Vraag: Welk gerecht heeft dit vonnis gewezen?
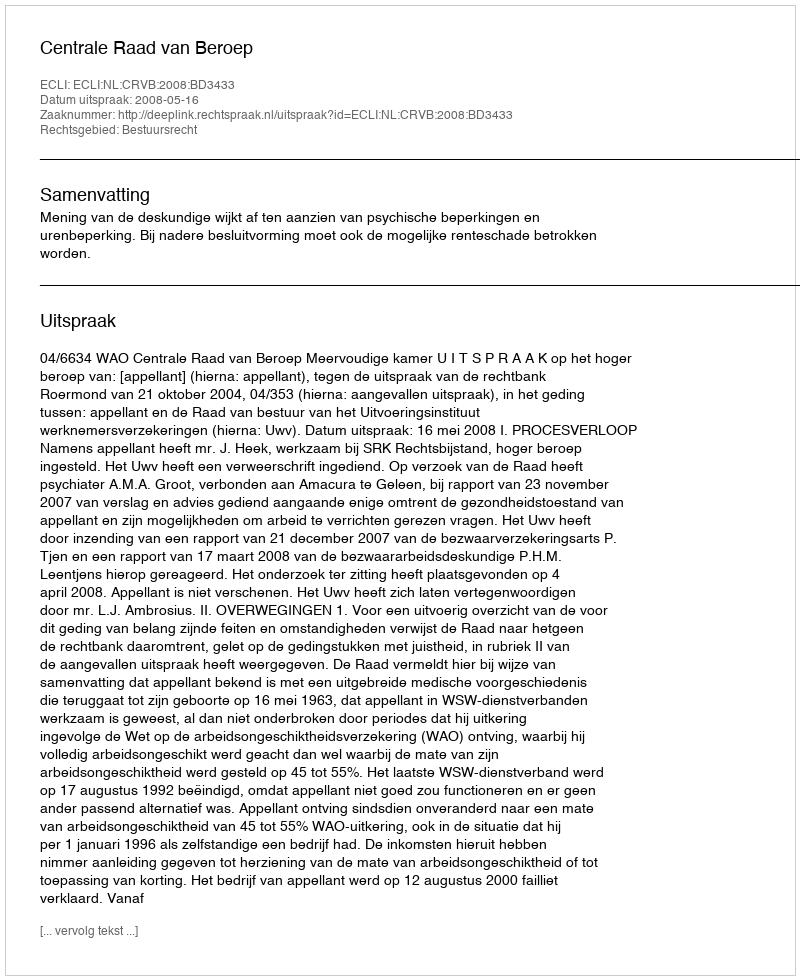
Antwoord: Centrale Raad van Beroep